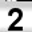
Digit: 2